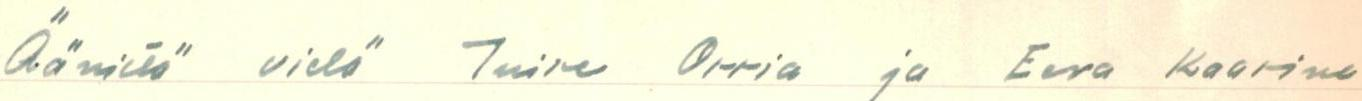
Äänistä vielä Tuire Orria ja Eeva Kaarina